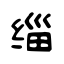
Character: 缁